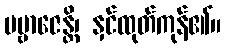
ပဗ္ဗာဇေန္တိ၊ နှင်ထုတ်ကုန်၏။